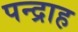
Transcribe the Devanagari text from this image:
पन्द्राह